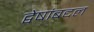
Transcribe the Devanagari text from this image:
द्वेषांबद्दल